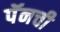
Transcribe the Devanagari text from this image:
पॅनची